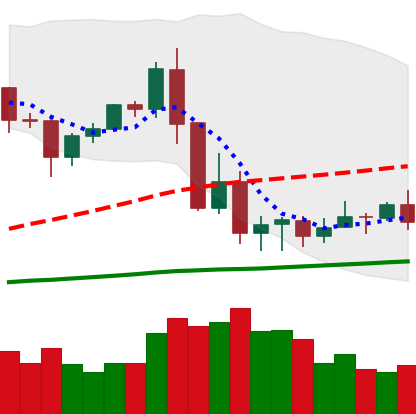
Ticker: XRP-USD
Chart end date: 2020-09-13
Forward return: 3.683%
Label: up_3_5